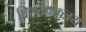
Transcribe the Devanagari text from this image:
विश्लेषकत्रय